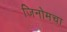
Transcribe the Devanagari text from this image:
जिनोमचा